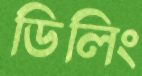
ডিলিং